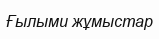
Ғылыми жұмыстар